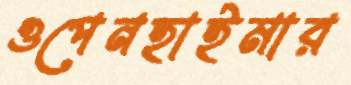
ওপেনহাইমার